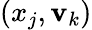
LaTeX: (x_{j},\mathbf{v}_{k})